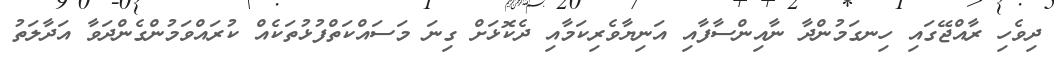
ދިވެހި ރާއްޖޭގައި ހިނގަމުންދާ ނާއިންސާފާއި އަނިޔާވެރިކަމާއި ދެކޮޅަށް ގިނަ މަސައްކަތްފުޅުތަކެއް ކުރައްވަމުންގެންދަވާ އަދާލަތު